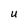
Character: U